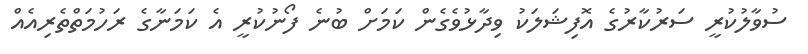
ސުވާލުކުރީ ސަރުކާރުގެ އޮފިޝަލަކު ވިދާޅުވެގެން ކަމަށް ބުނެ ފޯނުކުރީ އެ ކަމަނާގެ ރަހުމަތްތެރިއެއް